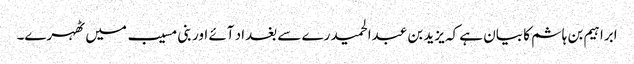
ابراہیم بن ہاشم کا بیان ہے کہ یزید بن عبدالحمید رے سے بغداد آئے اور بنی مسیب میں ٹھہرے۔